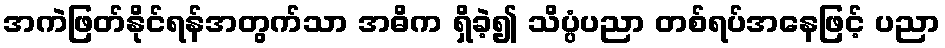
အကဲဖြတ်နိုင်ရန်အတွက်သာ အဓိက ရှိခဲ့၍ သိပ္ပံပညာ တစ်ရပ်အနေဖြင့် ပညာ